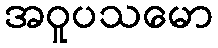
အဝူပသမော